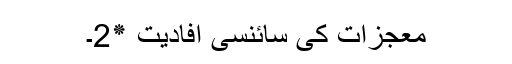
معجزات کی سائنسی افادیت ٭2۔